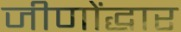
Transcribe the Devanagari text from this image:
जीणोंद्धार